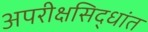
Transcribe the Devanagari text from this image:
अपरीक्षसिद्धांत